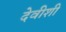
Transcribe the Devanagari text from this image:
देवीशी